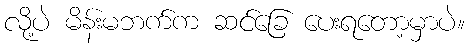
လို့ပဲ မိန်းမဘက်က ဆင်ခြေ ပေးရတော့မှာပဲ။